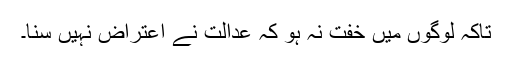
تاکہ لوگوں میں خفت نہ ہو کہ عدالت نے اعتراض نہیں سنا۔